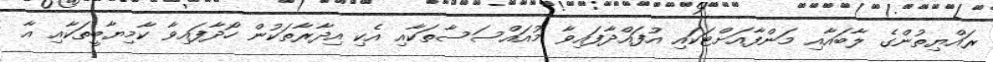
ރައްޔިތުންގެ ލާބައާއި މަންފާއަށްޓަކައި އުފައްދާފައިވާ މުއައްސަސާތަކާއި އެކި އިދާރާތަކުން ހޯދާފައިވާ ކާމިޔާބީތަކާއި އާ